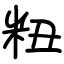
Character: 粈